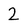
Character: 2